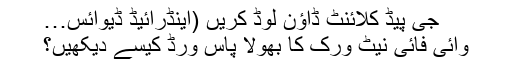
جی پیڈ کلائنٹ ڈاؤن لوڈ کریں (اینڈرائیڈ ڈیوائس…
وائی فائی نیٹ ورک کا بھولا پاس ورڈ کیسے دیکھیں؟